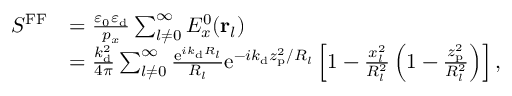
\begin{array} { r l } { S ^ { \mathrm { F F } } } & { = \frac { \varepsilon _ { 0 } \varepsilon _ { \mathrm { d } } } { p _ { x } } \sum _ { l \neq 0 } ^ { \infty } E _ { x } ^ { 0 } ( { \bf r } _ { l } ) } \\ & { = \frac { k _ { \mathrm { d } } ^ { 2 } } { 4 \pi } \sum _ { l \neq 0 } ^ { \infty } \frac { \mathrm { e } ^ { i k _ { \mathrm { d } } R _ { l } } } { R _ { l } } \mathrm { e } ^ { - i k _ { \mathrm { d } } z _ { \mathrm { p } } ^ { 2 } / R _ { l } } \left[ 1 - \frac { x _ { l } ^ { 2 } } { R _ { l } ^ { 2 } } \left( 1 - \frac { z _ { \mathrm { p } } ^ { 2 } } { R _ { l } ^ { 2 } } \right) \right] , } \end{array}